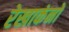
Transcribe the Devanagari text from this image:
रेखाकंनों